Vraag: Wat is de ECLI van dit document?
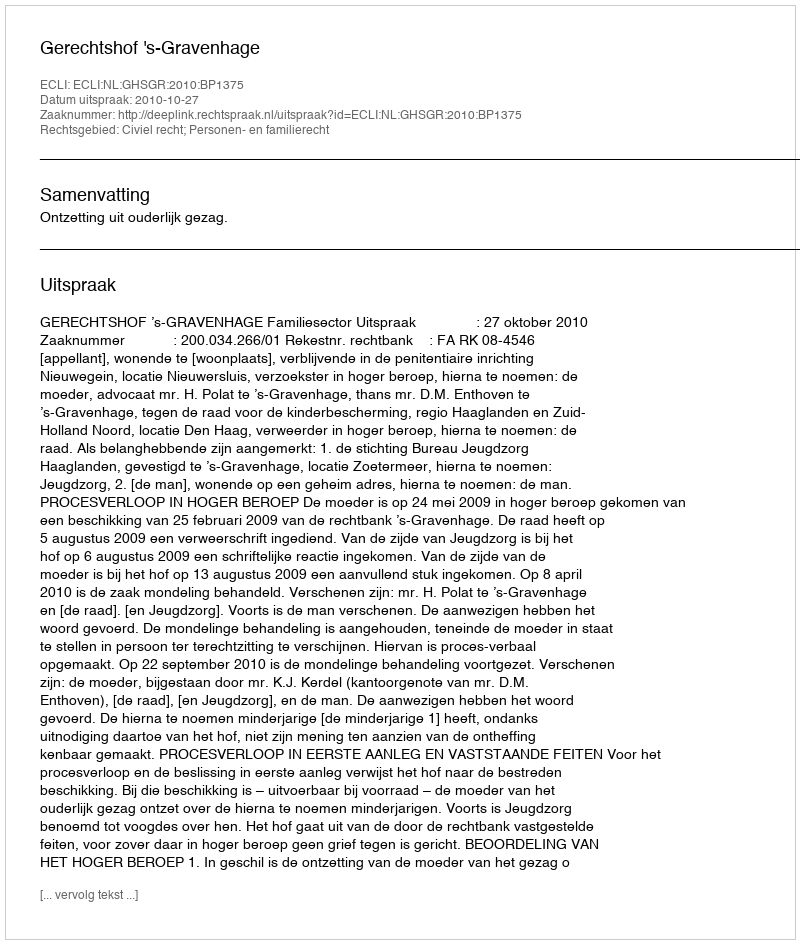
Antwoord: ECLI:NL:GHSGR:2010:BP1375